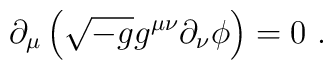
\partial_\mu \left (\sqrt{-g}g^{\mu\nu}\partial_\nu \phi\right )=0\ .